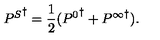
{ P ^ { S } } ^ { \dagger } = \frac { 1 } { 2 } ( { P ^ { 0 } } ^ { \dagger } + { P ^ { \infty } } ^ { \dagger } ) .